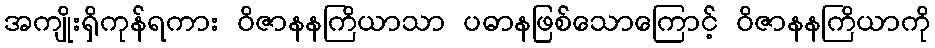
အကျိုးရှိကုန်ရကား ဝိဇာနနကြိယာသာ ပဓာနဖြစ်သောကြောင့် ဝိဇာနနကြိယာကို